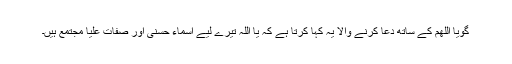
گویا اللھم کے ساتھ دعا کرنے والا یہ کہا کرتا ہے کہ یا اللہ تیرے لیے اسماء حسنی اور صفات علیا مجتمع ہیں۔